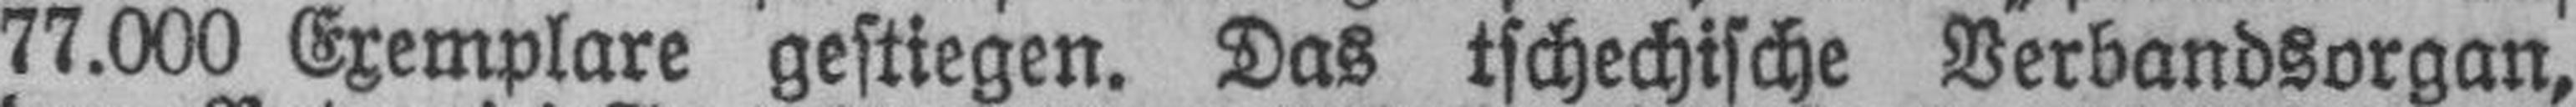
77.000 Exemplare gestiegen. Das tschechische Verbandsorgan,